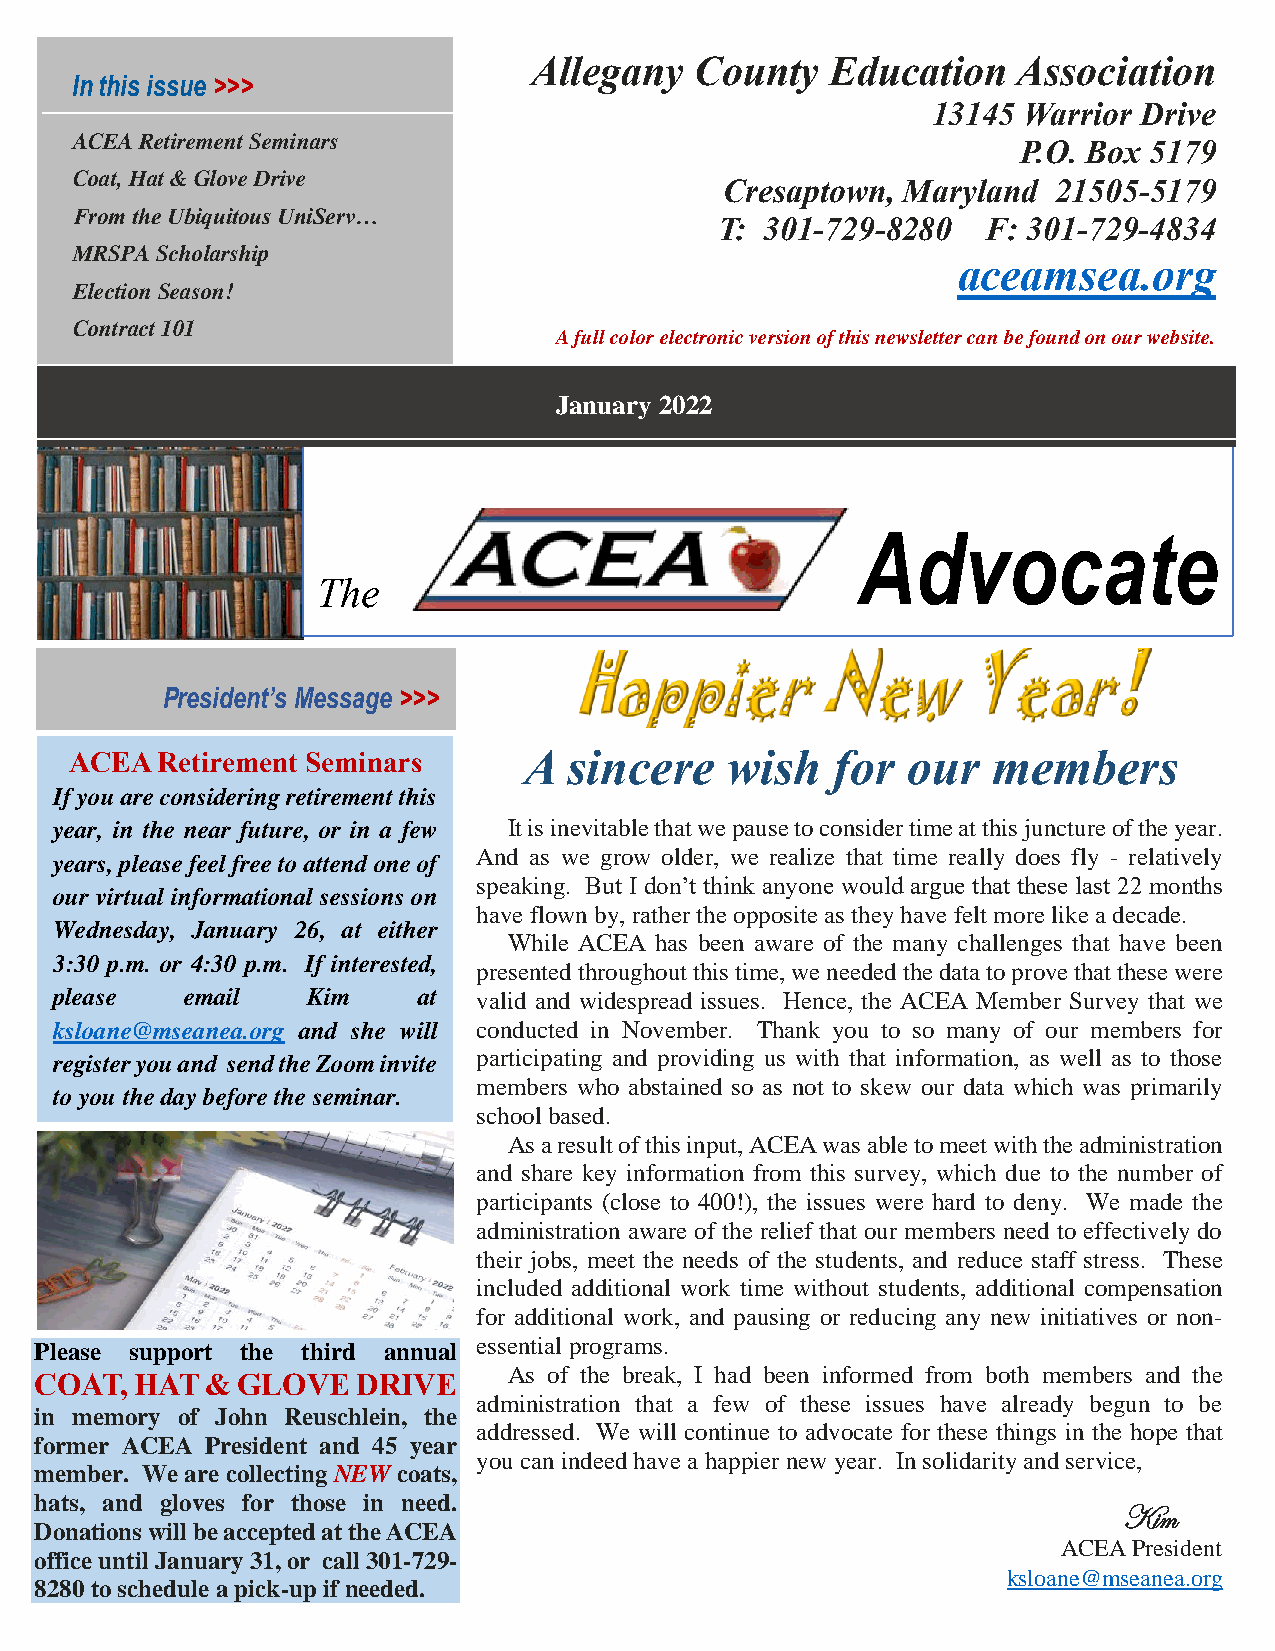
Allegany   County   Education   Association
 In this issue >>>
 13145 Warrior Drive
 ACEA Retirement Seminars
 P.O. Box 5179
 Coat, Hat & Glove Drive
 Cresaptown, Maryland  21505-5179
 From the Ubiquitous UniServ…
 T: 301-729-8280  F: 301-729-4834
 MRSPA Scholarship
 aceamsea.org
 Election Season!
 Contract 101
 A full color electronic version of this newsletter can be found on our website.
 January 2022
 Advocate
 The
 President’s Message >>>
 ACEA Retirement Seminars      A  sincere   wish   for  our   members
 If you are considering retirement this
 year, in the near future, or in a few It is inevitable that we pause to consider time at this juncture of the year.
 And as we grow older, we realize that time really does fly - relatively
 years, please feel free to attend one of
 speaking. But I don’t think anyone would argue that these last 22 months
 our virtual informational sessions on
 have flown by, rather the opposite as they have felt more like a decade.
 Wednesday, January 26, at either
 While ACEA has been aware of the many challenges that have been
 3:30 p.m. or 4:30 p.m. If interested,
 presented throughout this time, we needed the data to prove that these were
 please  email   Kim     at  valid and widespread issues. Hence, the ACEA Member Survey that we
 ksloane@mseanea.org and she will conducted in November. Thank you to so many of our members for
 register you and send the Zoom invite participating and providing us with that information, as well as to those
 members who abstained so as not to skew our data which was primarily
 to you the day before the seminar.
 school based.
 As a result of this input, ACEA was able to meet with the administration
 and share key information from this survey, which due to the number of
 participants (close to 400!), the issues were hard to deny. We made the
 administration aware of the relief that our members need to effectively do
 their jobs, meet the needs of the students, and reduce staff stress. These
 included additional work time without students, additional compensation
 for additional work, and pausing or reducing any new initiatives or non-
 Please support the third annual essential programs.
 As of the break, I had been informed from both members and the
 COAT,  HAT  & GLOVE   DRIVE
 administration that a few of these issues have already begun to be
 in memory of John Reuschlein, the
 addressed. We will continue to advocate for these things in the hope that
 former ACEA President and 45 year
 you can indeed have a happier new year. In solidarity and service,
 member. We are collecting NEW coats,
 hats, and gloves for those in need.
 Kim
 Donations will be accepted at the ACEA
 ACEA President
 office until January 31, or call 301-729-
 ksloane@mseanea.org
 8280 to schedule a pick-up if needed.